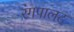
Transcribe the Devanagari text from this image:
रंगपालट